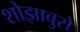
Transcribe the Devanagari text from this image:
शोझाबुरो